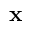
\mathbf { x }